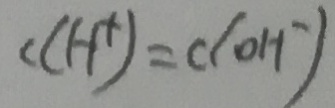
c ( H ^ { + } ) = c ( O H ^ { - } )